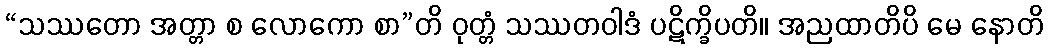
“သဿတော အတ္တာ စ လောကော စာ”တိ ဝုတ္တံ သဿတဝါဒံ ပဋိက္ခိပတိ။ အညထာတိပိ မေ နောတိ